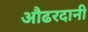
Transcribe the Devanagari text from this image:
औढरदानी